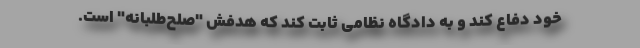
خود دفاع کند و به دادگاه نظامی ثابت کند که هدفش "صلح‌طلبانه" است.